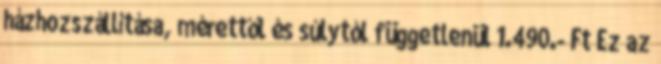
házhozszállítása, mérettől és súlytól függetlenül 1.490.- Ft Ez az